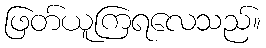
ဖြတ်ယူကြရလေသည်။